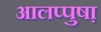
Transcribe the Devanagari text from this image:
आलप्पुषा़